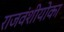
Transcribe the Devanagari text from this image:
राजवंशीयोका